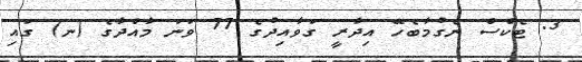
3. ޓެކްސް ނެގުމާބެހޭ އިދާރީ ގަވާއިދުގެ 77 ވަނަ މާއްދާގެ (ނ) ގައި